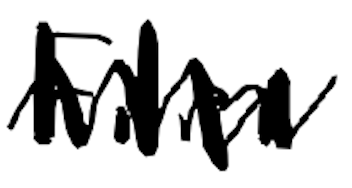
Text: Film
Cross-out: zig-zag
Writing tool: digital_black